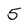
Character: 5